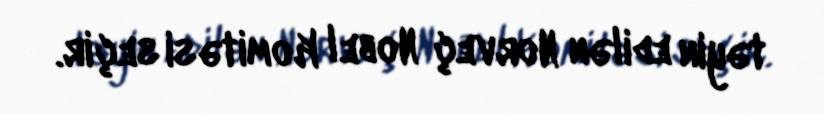
təyin edilən Norveç Nobel Komitəsi seçir.